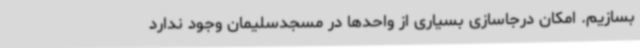
بسازیم. امکان درجاسازی بسیاری از واحدها در مسجدسلیمان وجود ندارد